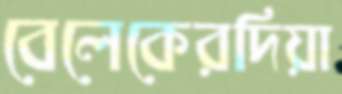
বেলেকেরদিয়া